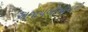
અજાયબીઓમાની